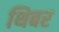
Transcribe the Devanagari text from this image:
थिबर